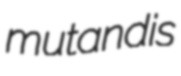
mutandis